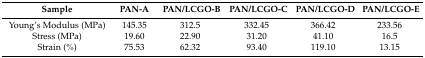
<table><thead><tr><td><b>Sample</b></td><td><b>PAN-A</b></td><td><b>PAN/LCGO-B</b></td><td><b>PAN/LCGO-C</b></td><td><b>PAN/LCGO-D</b></td><td><b>PAN/LCGO-E</b></td></tr></thead><tbody><tr><td>Young’s Modulus (MPa)</td><td>145.35</td><td>312.5</td><td>332.45</td><td>366.42</td><td>233.56</td></tr><tr><td>Stress (MPa)</td><td>19.60</td><td>22.90</td><td>31.20</td><td>41.10</td><td>16.5</td></tr><tr><td>Strain (%)</td><td>75.53</td><td>62.32</td><td>93.40</td><td>119.10</td><td>13.15</td></tr></tbody></table>